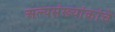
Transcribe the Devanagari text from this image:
अल्पसंख्यांकांचे